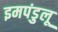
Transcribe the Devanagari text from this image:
इमपंडुलू